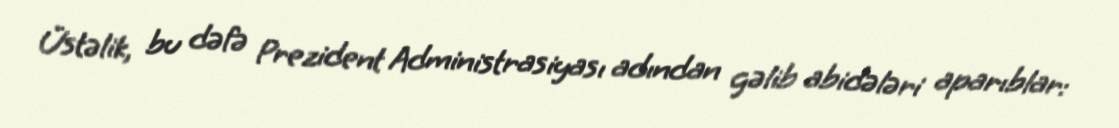
Üstəlik, bu dəfə Prezident Administrasiyası adından gəlib abidələri aparıblar: